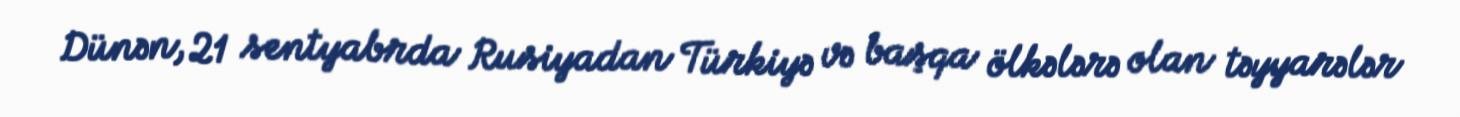
Dünən, 21 sentyabrda Rusiyadan Türkiyə və başqa ölkələrə olan təyyarələr